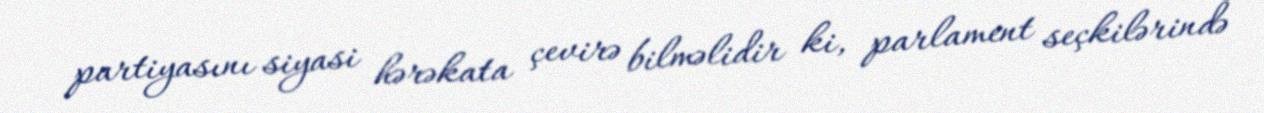
partiyasını siyasi hərəkata çevirə bilməlidir ki, parlament seçkilərində